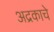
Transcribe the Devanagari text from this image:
अद्रकाचे